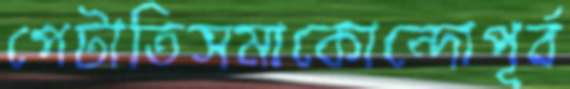
পেটাতিসমাকোন্দোপূর্ব